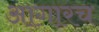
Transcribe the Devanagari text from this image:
आगारच